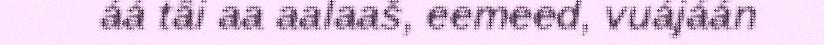
áá tâi aa aalaaš, eemeed, vuájáán